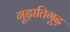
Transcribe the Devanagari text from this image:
गूढ़ातिगूढ़